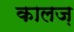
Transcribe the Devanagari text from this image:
कालज़